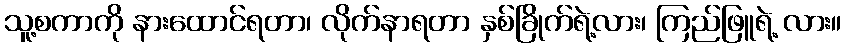
သူ့စကာကို နားထောင်ရတာ၊ လိုက်နာရတာ နှစ်ခြိုက်ရဲ့လား၊ ကြည်ဖြူရဲ့ လား။